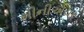
મીનીએચર